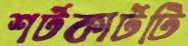
শর্টকার্টটি